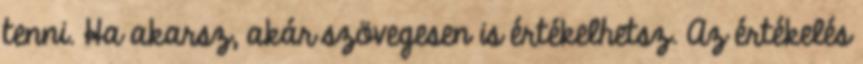
tenni. Ha akarsz, akár szövegesen is értékelhetsz. Az értékelés